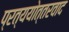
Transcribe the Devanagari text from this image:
प्रत्ययोत्तरवाद